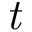
\it { t }